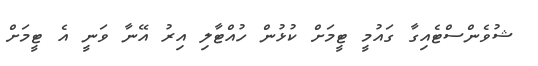
ޝުވެންސްޓެއިގާ ގައުމީ ޓީމަށް ކުޅުން ހުއްޓާލި އިރު އޭނާ ވަނީ އެ ޓީމަށް